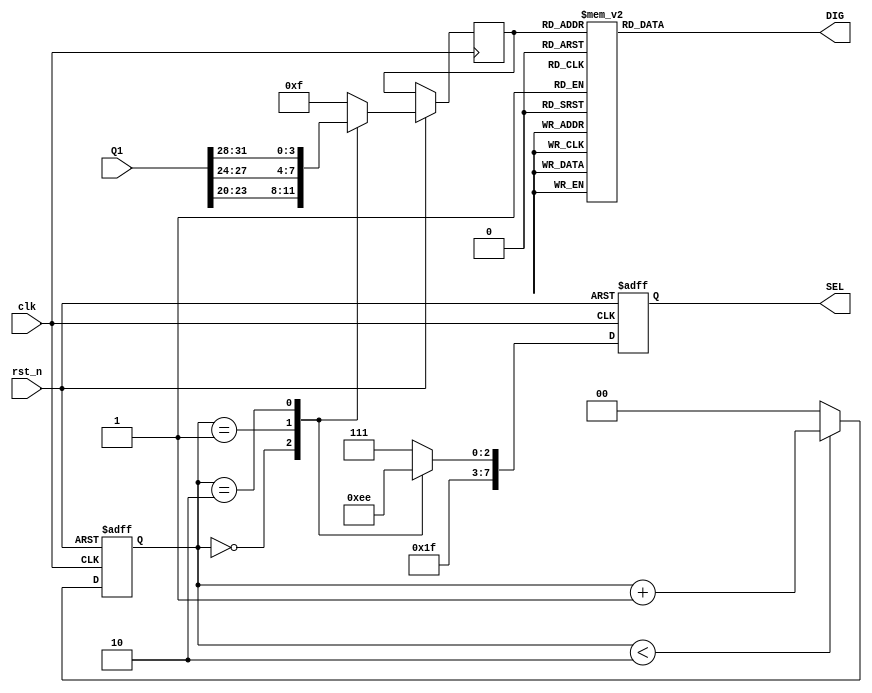
module seg_disp
(
   input			        clk,    //segment digital tube change clock
	input				     rst_n,	//reset
	input			 [31:0] Q1,     //count input
	
	output 	reg [7:0]  SEL,		//Selection of Digital Tube Section 		
	output 	reg [7:0]  DIG		//8-segment digital tube
);

reg [1:0] cnt_sel;
reg [3:0] cnt_disp;

wire [3:0] q0 ; 
wire [3:0] q1 ; 
wire [3:0] q2 ; 

assign q0 = Q1[23:20];
assign q1 = Q1[27:24];
assign q2 = Q1[31:28];

always @(posedge clk or negedge rst_n) begin 
	if(!rst_n)
		cnt_sel <= 2'b0;
	else if(cnt_sel < 2'd2)
		cnt_sel <= cnt_sel + 1'b1;
	else
		cnt_sel <= 2'b0;
end

always @(posedge clk or negedge rst_n) begin 
	if(!rst_n)
		SEL <= 8'b1111_1111;
	else begin 
		case(cnt_sel)
			2'd0 : begin 
				SEL <= 8'b1111_1011;
				cnt_disp <= q0;
			end
			2'd1 : begin 
				SEL <= 8'b1111_1101;
				cnt_disp <= q1;
			end
			2'd2 : begin 
				SEL <= 8'b1111_1110;
				cnt_disp <= q2;
			end	
			default : begin 
				SEL <= 8'b1111_1111;
				cnt_disp <= 4'hff;
			end
		endcase
	end
end

always @* begin
	case(cnt_disp)  
		4'h0	:	DIG  <=	8'b1100_0000;//8'b0011_1111;
		4'h1	:	DIG  <=	8'b1111_1001;//8'b0000_0110;
		4'h2	:	DIG  <=	8'b1010_0100;//8'b0101_!011;
		4'h3	:	DIG  <=	8'b1011_0000;//8'b0100_1111;
		4'h4	:	DIG  <=	8'b1001_1001;//8'b0110_0110;
		4'h5	:	DIG  <=	8'b1001_0010;//8'b0110_1101;
		4'h6	:	DIG  <=  8'b1000_0010;//8'b0111_1101;
		4'h7	:	DIG  <=	8'b1111_1000;//8'b0000_0111;
		4'h8	:	DIG  <=	8'b1000_0000;//8'b0111_1111;
		4'h9	:	DIG  <=	8'b1001_0000;//8'b0110_1111;
		4'hA	:	DIG  <=	8'b1000_1000;//8'b0111_0111;
		4'hB	:	DIG  <=	8'b1000_0011;//8'b0111_1100;
		4'hC	:	DIG  <=	8'b1100_0110;//8'b0011_1001;
		4'hD	:	DIG  <=	8'b1010_0001;//8'b0101_1110;
		4'hE	:	DIG  <=	8'b1000_0110;//8'b0111_1001;
		4'hF	:	DIG  <=	8'b1000_1110;//8'b0111_0001;
		default  :  DIG <= 8'b1100_0000;//8'b0011_1111;	
	endcase
end
		
endmodule